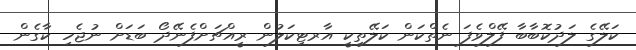
ކަލޭގެ ލަދުކޮބާބާ ފޭލްވެފަ ނެތްކަން ކަލޭތިކީ އާރޓިކަލުން ރީއްޗަށްފެނޭދޯ ބަޑަށް ނުޖެހި ކާގެން